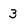
Character: 3